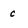
Character: c